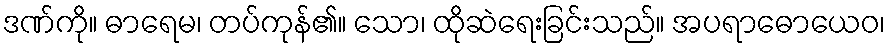
ဒဏ်ကို။ ဓာရေမ၊ တပ်ကုန်၏။ သော၊ ထိုဆဲရေးခြင်းသည်။ အပရာဓောယေဝ၊